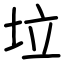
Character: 垃